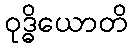
ဝုဒ္ဓိယောတိ